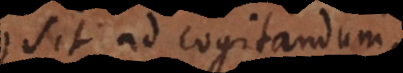
sit ad cogitandum